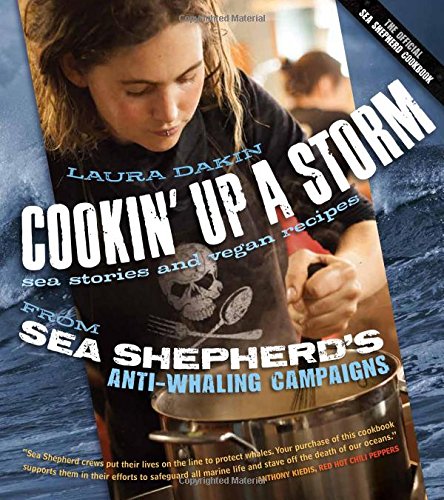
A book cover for Cookin' Up a Storm: Sea Stories and Vegan Recipes from Sea Shepherd's Anti-Whaling Campaigns; Laura Dakin; Science & Math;